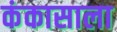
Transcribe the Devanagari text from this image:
कंकासाला